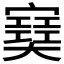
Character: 𡫟